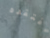
افتقده